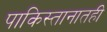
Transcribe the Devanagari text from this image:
पाकिस्तानातही